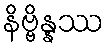
နိဗ္ဗိန္နဿ